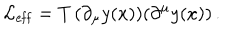
{ \cal L } _ { \mathrm { e f f } } = T \, ( \partial _ { \mu } y ( x ) ) ( \partial ^ { \mu } y ( x ) ) \, .